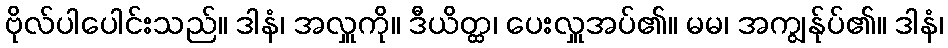
ဗိုလ်ပါပေါင်းသည်။ ဒါနံ၊ အလှူကို။ ဒီယိတ္ထ၊ ပေးလှူအပ်၏။ မမ၊ အကျွန်ုပ်၏။ ဒါနံ၊